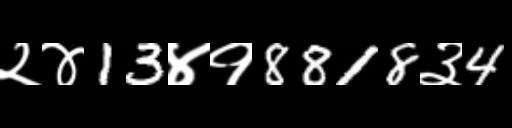
Text: २४13४१8818३4